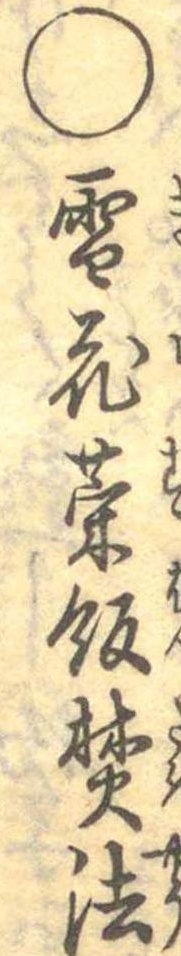
○雪花菜飯焚法